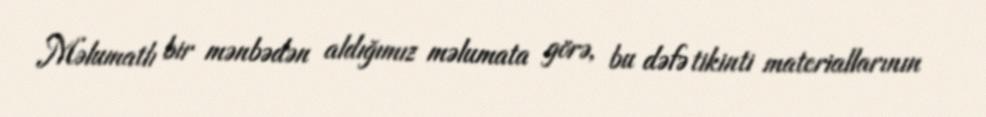
Məlumatlı bir mənbədən aldığımız məlumata görə, bu dəfə tikinti materiallarının